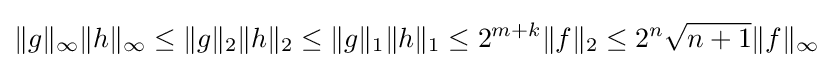
\|g\|_{\infty }\|h\|_{\infty }\leq \|g\|_{2}\|h\|_{2}\leq \|g\|_{1}\|h\|_{1}\leq 2^{m+k}\|f\|_{2}\leq 2^{n}{\sqrt {n+1}}\|f\|_{\infty }